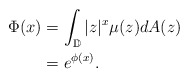
\begin{align*}\Phi(x)&=\int_{\mathbb{D}}|z|^x\mu(z)dA(z)\\&=e^{\phi(x)}.\end{align*}